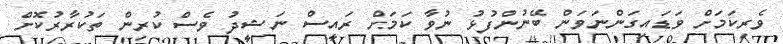
ވެރިކަމަށް ވަޑައިގަންނަވަން ބޭނުންފުޅު ނުވާ ކަމަށް ރައީސް ނަޝީދު ވެސް ކުރިން ތަކުރާރުކޮށް